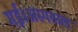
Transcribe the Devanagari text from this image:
गई।अस्पताल